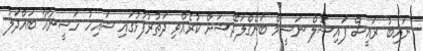
ނައިބު ރައީސް ފައިސަލް ނަސީމް ބަންގްލަދޭޝަށް ކުރެއްވި ދަތުރުފުޅުގައި ޝައިހު ހަސީނާއާ ބައްދަލު